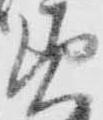
美